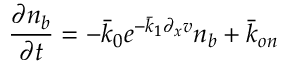
\frac { \partial n _ { b } } { \partial t } = - \Bar { k } _ { 0 } e ^ { - \Bar { k } _ { 1 } \partial _ { x } v } n _ { b } + \Bar { k } _ { o n }